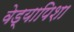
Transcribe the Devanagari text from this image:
वेड्यापिशा